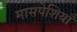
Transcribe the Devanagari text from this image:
मासपेशियाँ